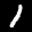
Label: 1